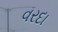
વરદા